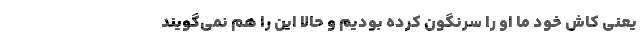
یعنی کاش خود ما او را سرنگون کرده بودیم و حالا این را هم نمی‌گویند